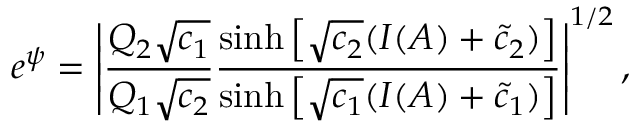
e ^ { \psi } = \left| \frac { Q _ { 2 } \sqrt { c _ { 1 } } } { Q _ { 1 } \sqrt { c _ { 2 } } } \frac { \sinh \left[ \sqrt { c _ { 2 } } ( I ( A ) + \tilde { c } _ { 2 } ) \right] } { \sinh \left[ \sqrt { c _ { 1 } } ( I ( A ) + \tilde { c } _ { 1 } ) \right] } \right| ^ { 1 / 2 } ,